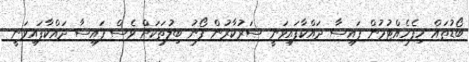
ބޯޑުތައް ހިފެހެއްޓުމުން ފައިސާ ދައްކާފައިވަނީ ސަރުކާރުން ފޯނު ބިލުތަކަށް ވެސް ފައިސާ ދައްކާފައިވަނީ